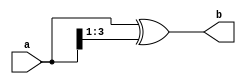
module BinarytoGray(a,b);
input [3:0] a;
output [3:0] b;
assign b=a^{1'b0,a[3:1]};

endmodule